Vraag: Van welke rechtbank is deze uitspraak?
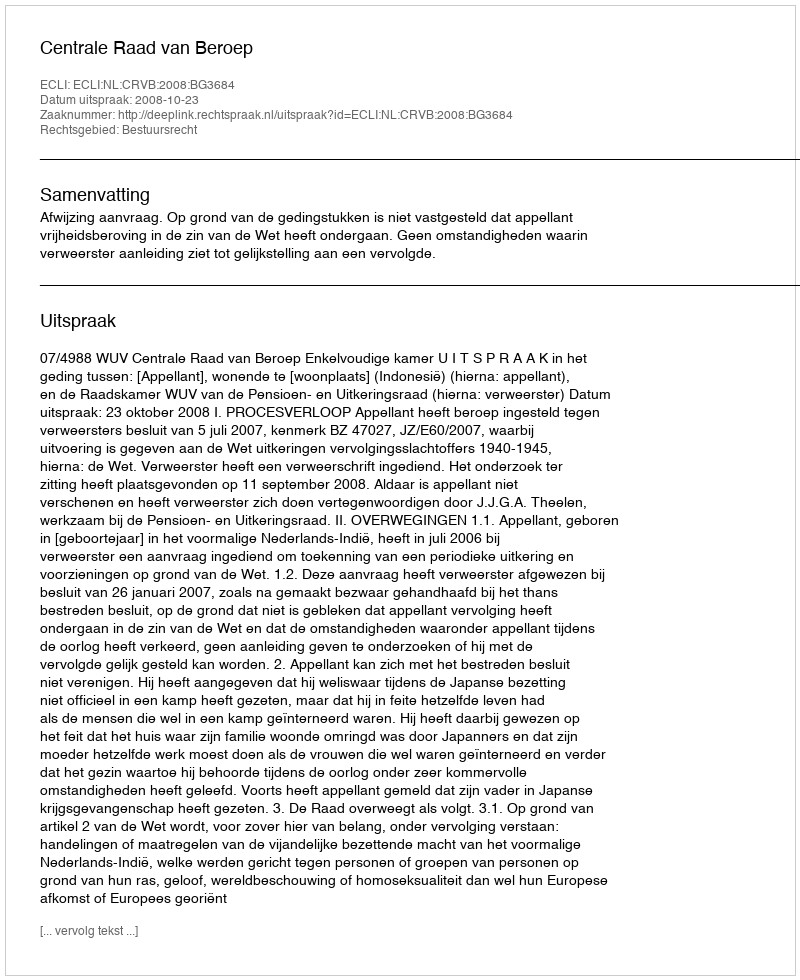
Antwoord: Centrale Raad van Beroep